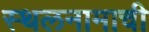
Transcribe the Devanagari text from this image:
स्थलनामाची